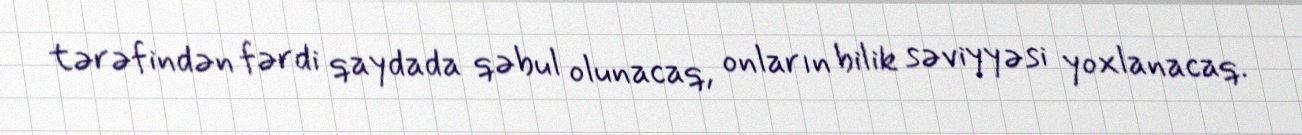
tərəfindən fərdi qaydada qəbul olunacaq, onların bilik səviyyəsi yoxlanacaq.